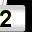
Digit: 2